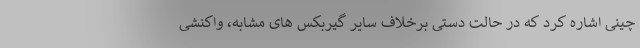
چینی اشاره کرد که در حالت دستی برخلاف سایر گیربکس‌ های مشابه، واکنشی